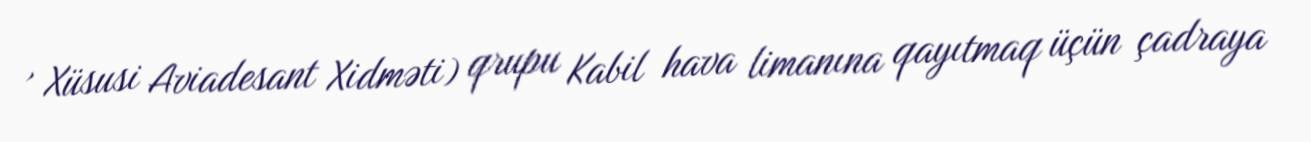
, Xüsusi Aviadesant Xidməti) qrupu Kabil hava limanına qayıtmaq üçün çadraya